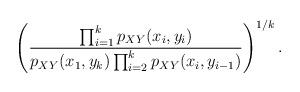
LaTeX: \begin{align*}\left(\frac{\prod_{i=1}^kp_{XY}(x_i,y_i)}{p_{XY}(x_1, y_k) \prod_{i=2}^kp_{XY}(x_i,y_{i-1})}\right)^{1/k}.\end{align*}